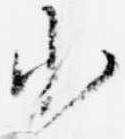
小